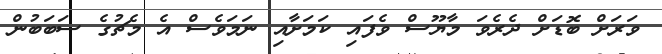
ވަރަށް ބޮޑަށް ދެރެވަ މާޔޫސް ވެފައި ކަމަށާއި ނަމަވެސް އެ މެޗުގެ ސަބަބުން